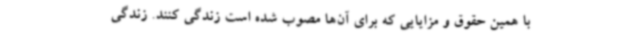
با همین حقوق و مزایایی که برای آن‌ها مصوب شده است زندگی کنند. زندگی